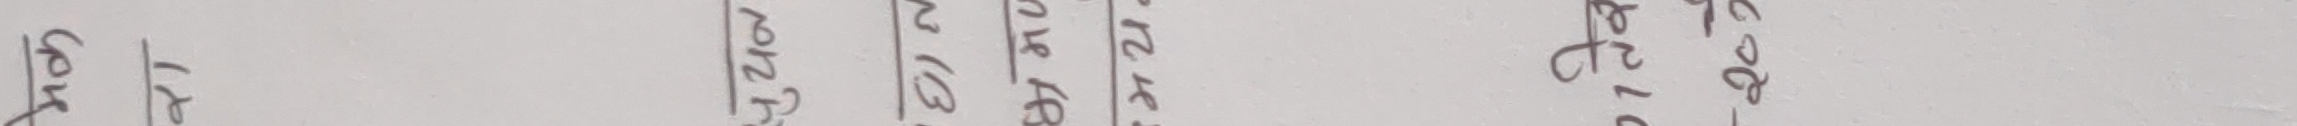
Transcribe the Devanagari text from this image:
गोड ल बारेमा ज्ञान राख्ने भए २४ २१ २० २०